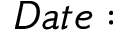
D a t e :